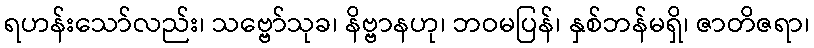
ရဟန်းသော်လည်း၊ သဗ္ဗော်သုခ၊ နိဗ္ဗာနဟု၊ ဘဝမပြန်၊ နှစ်ဘန်မရှိ၊ ဇာတိဇရာ၊